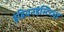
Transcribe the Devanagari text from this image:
इंडियनइंस्टिट्यूट